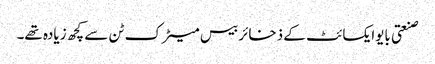
صنعتی بایوایکسائٹ کے ذخائر بیس میٹرک ٹن سے کچھ زیادہ تھے۔